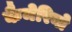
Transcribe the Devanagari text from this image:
कैमेरिनो